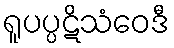
ရူပပ္ပဋိသံဝေဒီ